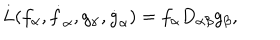
L ( f _ { \alpha } , \dot { f } _ { \alpha } , g _ { \alpha } , \dot { g } _ { \alpha } ) = f _ { \alpha } D _ { \alpha \beta } g _ { \beta } ,